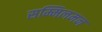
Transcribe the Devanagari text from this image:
सम्मिलमन